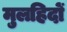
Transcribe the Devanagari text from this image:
मुलहिदों